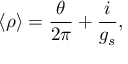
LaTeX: \langle \rho \rangle = \frac { \theta } { 2 \pi } + \frac { i } { g _ { s } } ,